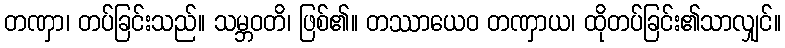
တဏှာ၊ တပ်ခြင်းသည်။ သမ္ဘဝတိ၊ ဖြစ်၏။ တဿာယေဝ တဏှာယ၊ ထိုတပ်ခြင်း၏သာလျှင်။